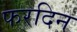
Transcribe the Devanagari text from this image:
फरदिन